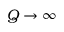
Q \rightarrow \infty